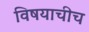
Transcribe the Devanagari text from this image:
विषयाचीच